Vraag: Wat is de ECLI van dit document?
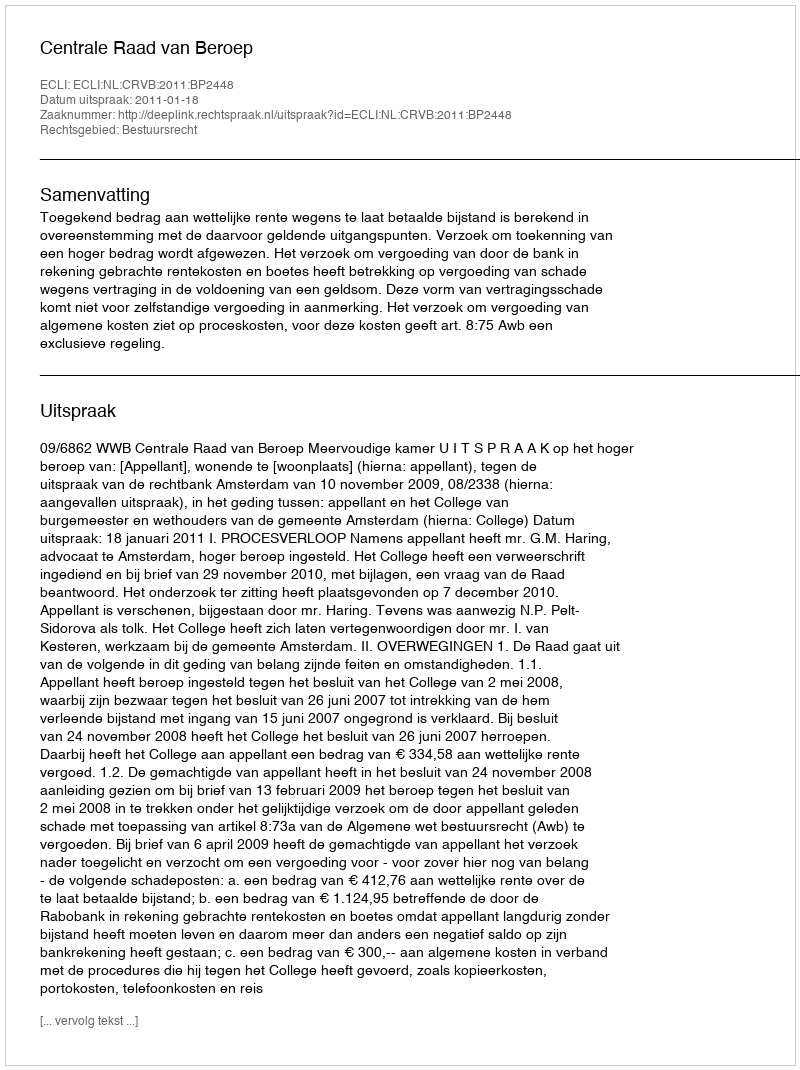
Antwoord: ECLI:NL:CRVB:2011:BP2448